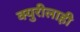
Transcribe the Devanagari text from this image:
क्युरीलाही